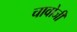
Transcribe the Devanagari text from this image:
चावोजी